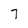
Character: 7